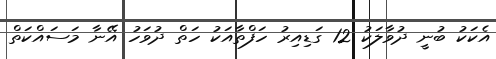
އެކަކު ބުނީ ދުވާލަކު 12 ގަޑިއިރު ހަފްތާއަކު ހަތް ދުވަހު އޭނާ މަސައްކަތް